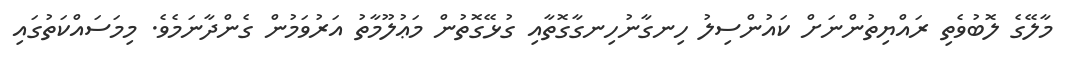
މާލޭގެ ލޮބުވެތި ރައްޔިތުންނަށް ކައުންސިލު ހިނގާނުހިނގާގޮތާއި ގުޅޭގޮތުން މަޢުލޫމާތު އަރުވަމުން ގެންދާނަމެވެ. މިމަސައްކަތުގައި